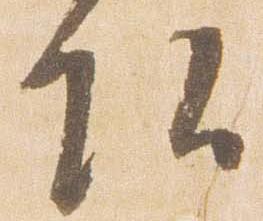
頭